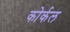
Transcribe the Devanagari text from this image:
कोर्कल